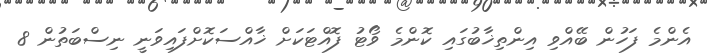
އެންމެ ފަހުން ބޭއްވި އިންތިޚާބުގައި ކޮންމެ ވޯޓު ފޮއްޓަކަށް ޚާއްސަކޮށްފައިވަނީ ނިސްބަތުން 8